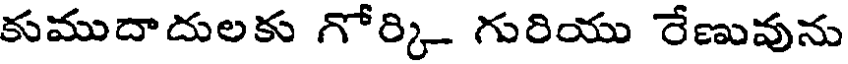
కుముదాదులకు గోర్కి గురియు రేణువును